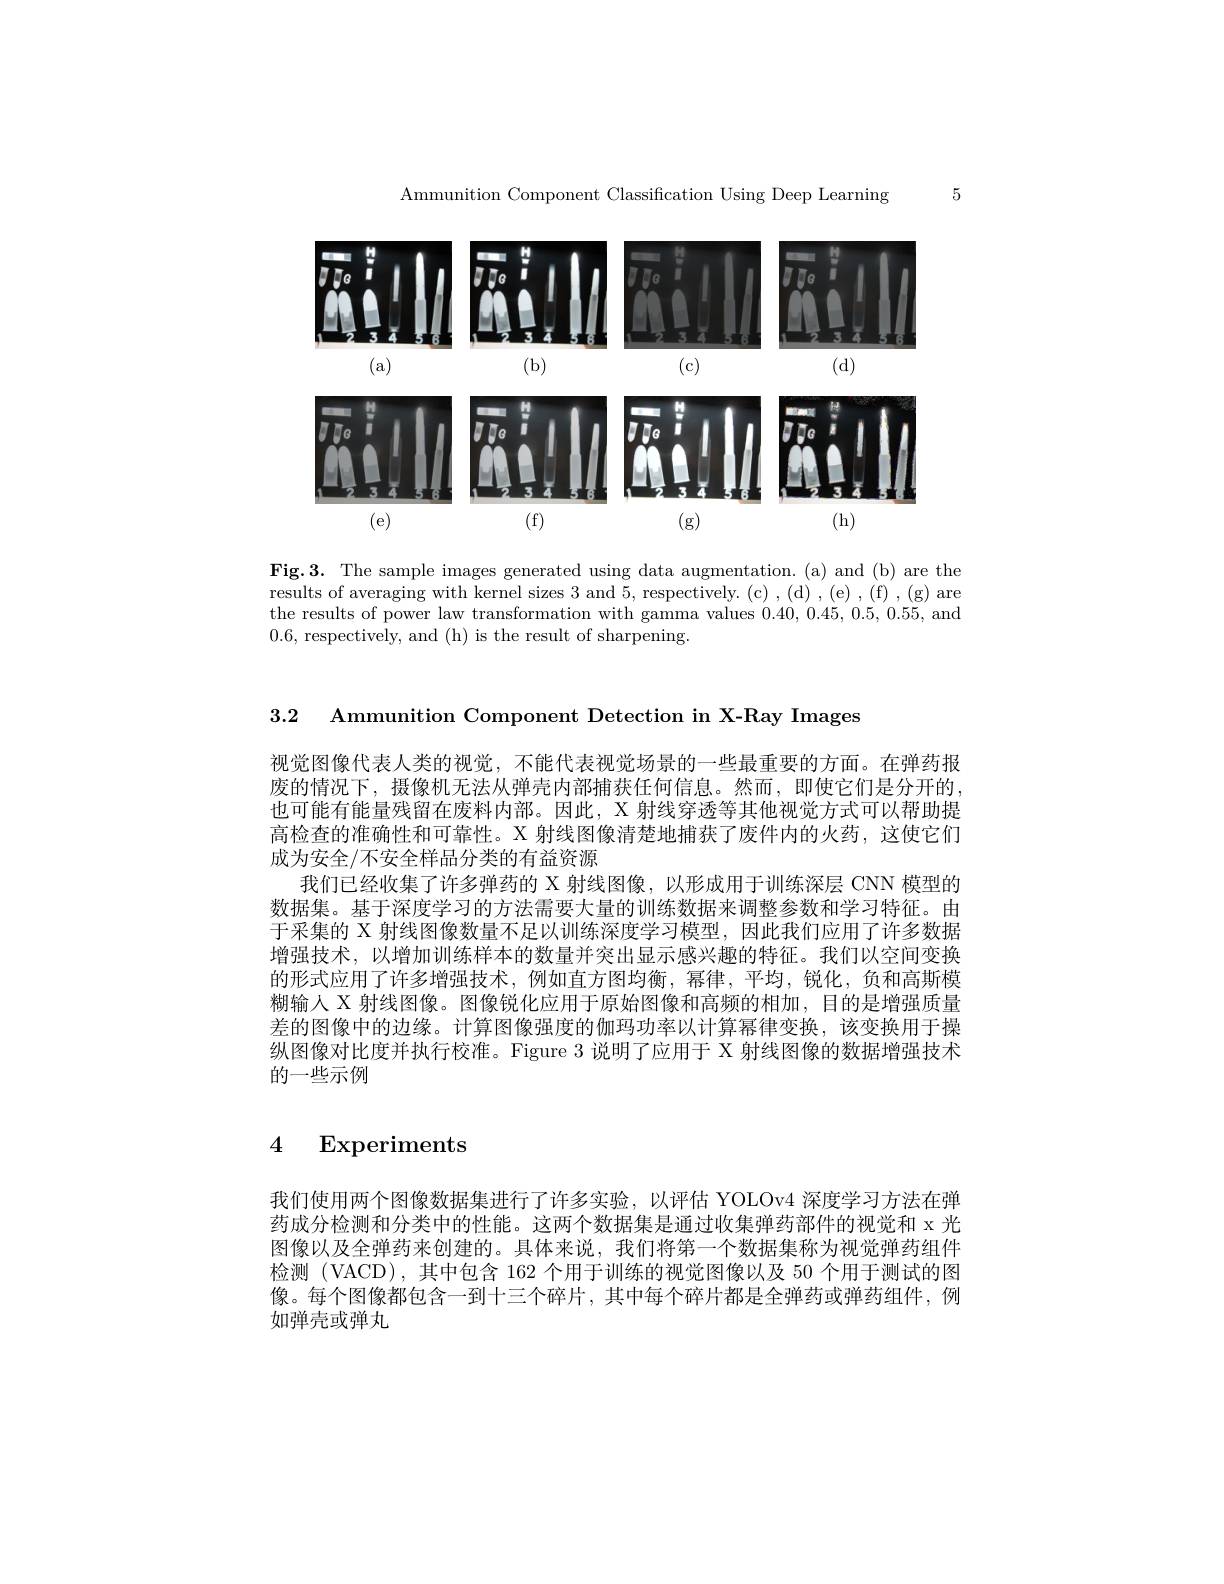
5

Ammunition Component Classification Using Deep Learning

<FigureHere>

Fig.3. The sample images generated using data augmentation. (a) and (b) are the results of averaging with kernel sizes 3 and 5, respectively. (c) , (d) , (e) , (f) , (g) are the results of power law transformation with gamma values 0.40,0.45,0.5,0.55, and 0.6, respectively, and (h) is the result of sharpening.

3.2 Ammunition Component Detection in X-Ray Images

视觉图像代表人类的视觉，不能代表视觉场景的一些最重要的方面。在弹药报废的情况下，摄像机无法从弹壳内部捕获任何信息。然而，即使它们是分开的也可能有能量残留在废料内部。因此，X 射线穿透等其他视觉方式可以帮助提高检查的准确性和可靠性。X 射线图像清楚地捕获了废件内的火药，这使它们成为安全/不安全样品分类的有益资源
我们已经收集了许多弹药的 X 射线图像，以形成用于训练深层 CNN 模型的数据集。基于深度学习的方法需要大量的训练数据来调整参数和学习特征。由于采集的 X 射线图像数量不足以训练深度学习模型，因此我们应用了许多数据增强技术，以增加训练样本的数量并突出显示感兴趣的特征。我们以空间变换的形式应用了许多增强技术，例如直方图均衡，幂律，平均，锐化，负和高斯模糊输人 X 射线图像。图像锐化应用于原始图像和高频的相加，目的是增强质量差的图像中的边缘。计算图像强度的伽玛功率以计算幂律变换，该变换用于操纵图像对比度并执行校准。Figure 3 说明了应用于 X 射线图像的数据增强技术的一些示例

4 Experiments

我们使用两个图像数据集进行了许多实验，以评估 YOLOv4 深度学习方法在弹药成分检测和分类中的性能。这两个数据集是通过收集弹药部件的视觉和 x 光图像以及全弹药来创建的。具体来说，我们将第一个数据集称为视觉弹药组件检测 (VACD),其中包含 162 个用于训练的视觉图像以及 50 个用于测试的图像。每个图像都包含一到十三个碎片，其中每个碎片都是全弹药或弹药组件，例如弹壳或弹丸